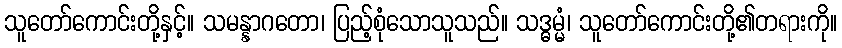
သူတော်ကောင်းတို့နှင့်။ သမန္နာဂတော၊ ပြည့်စုံသောသူသည်။ သဒ္ဓမ္မံ၊ သူတော်ကောင်းတို့၏တရားကို။